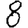
Digit: 8